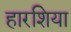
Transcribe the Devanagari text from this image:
हारशिया